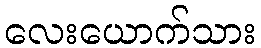
လေးယောက်သား